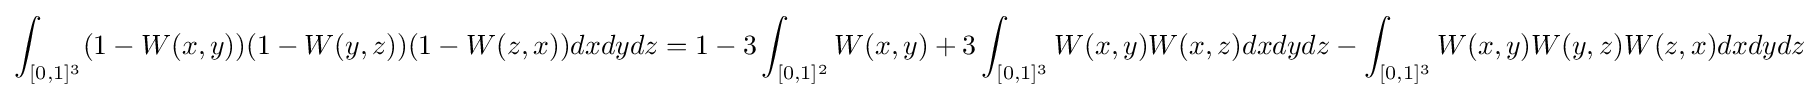
\int _{[0,1]^{3}}(1-W(x,y))(1-W(y,z))(1-W(z,x))dxdydz=1-3\int _{[0,1]^{2}}W(x,y)+3\int _{[0,1]^{3}}W(x,y)W(x,z)dxdydz-\int _{[0,1]^{3}}W(x,y)W(y,z)W(z,x)dxdydz